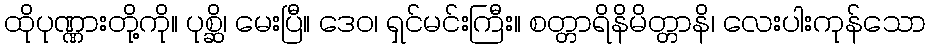
ထိုပုဏ္ဏားတို့ကို။ ပုစ္ဆိ၊ မေးပြီ။ ဒေဝ၊ ရှင်မင်းကြီး။ စတ္တာရိနိမိတ္တာနိ၊ လေးပါးကုန်သော